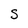
Character: S